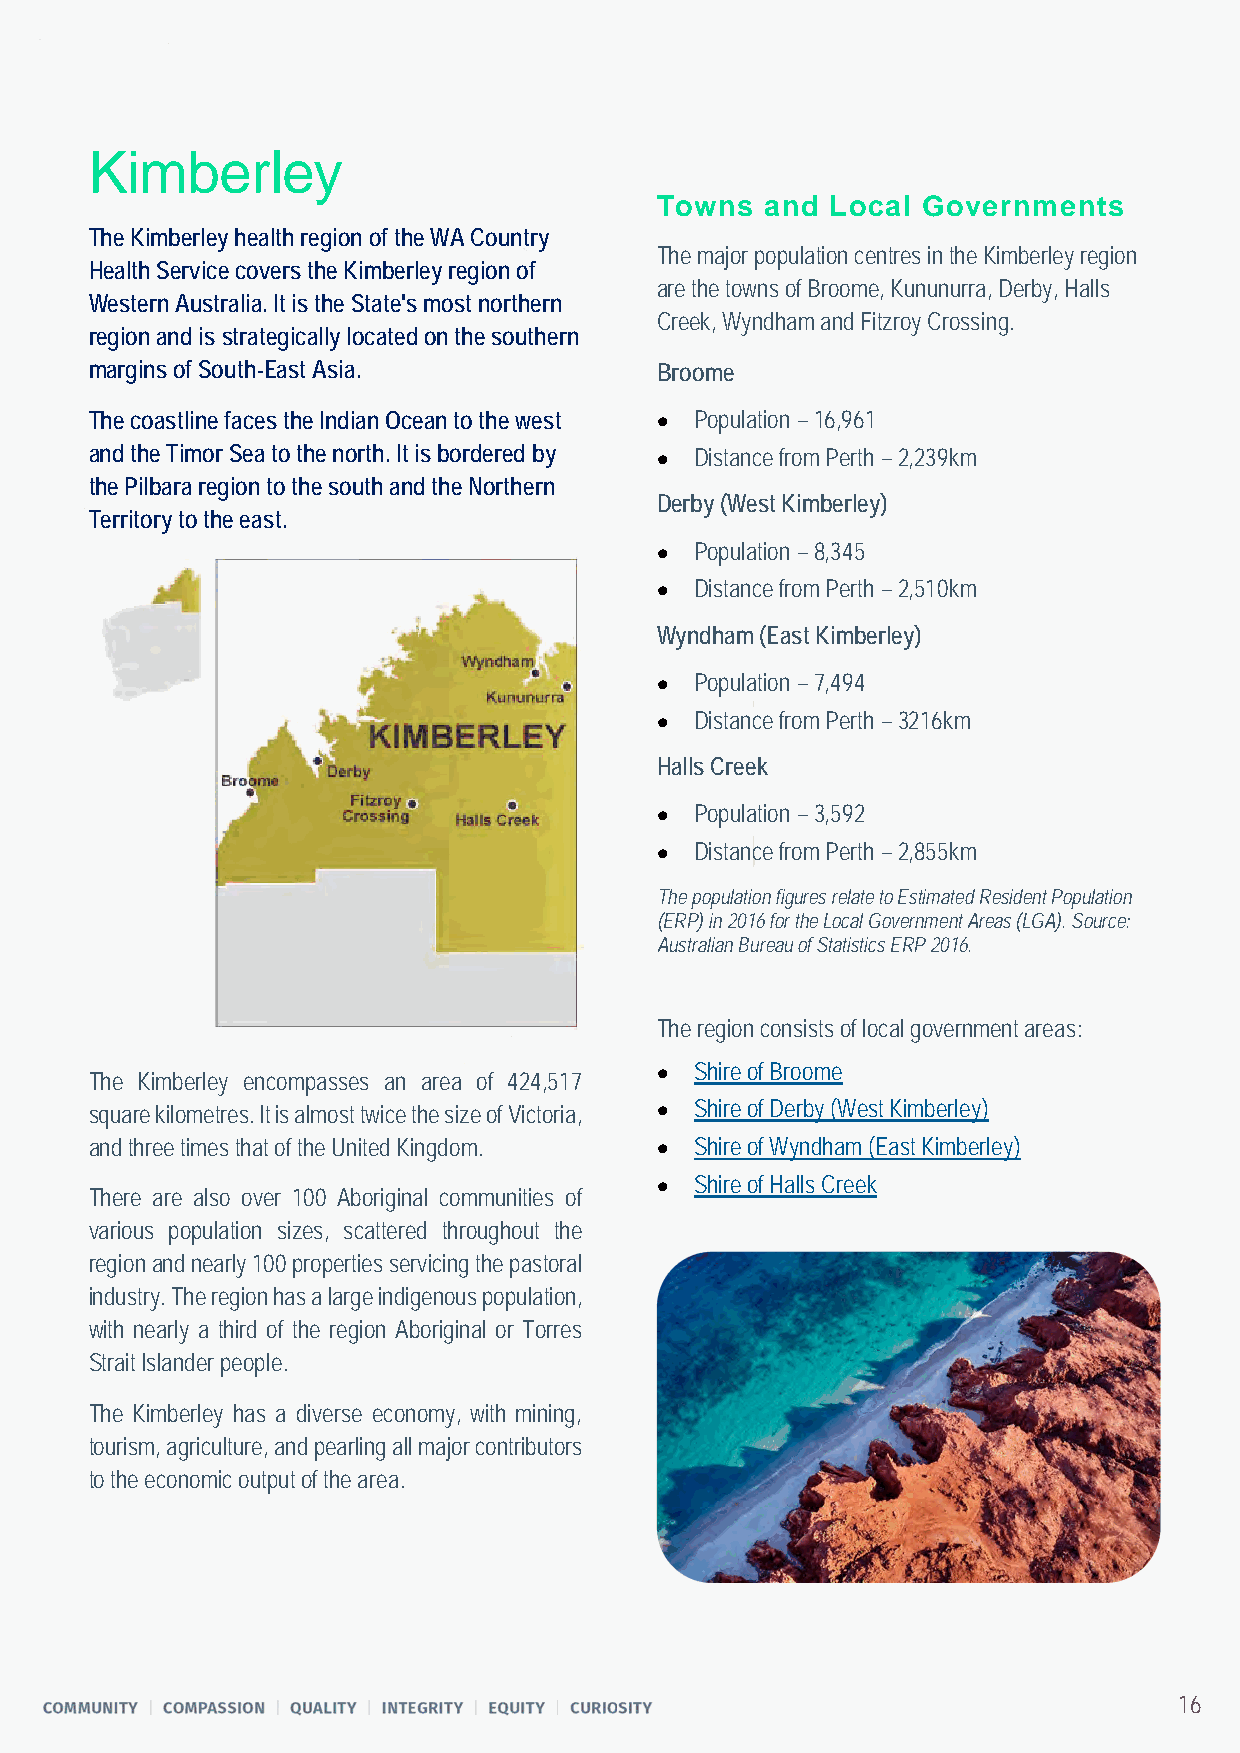
Kimberley
 Towns   and Local Governments
 The Kimberley health region of the WA Country
 The major population centres in the Kimberley region
 Health Service covers the Kimberley region of
 are the towns of Broome, Kununurra, Derby, Halls
 Western Australia. It is the State's most northern
 Creek, Wyndham and Fitzroy Crossing.
 region and is strategically located on the southern
 margins of South-East Asia.          Broome
 The coastline faces the Indian Ocean to the west • Population – 16,961
 and the Timor Sea to the north. It is bordered by • Distance from Perth – 2,239km
 the Pilbara region to the south and the Northern
 Derby (West Kimberley)
 Territory to the east.
 •  Population – 8,345
 •  Distance from Perth – 2,510km
 Wyndham (East Kimberley)
 •  Population – 7,494
 •  Distance from Perth – 3216km
 Halls Creek
 •  Population – 3,592
 •  Distance from Perth – 2,855km
 The population figures relate to Estimated Resident Population
 (ERP) in 2016 for the Local Government Areas (LGA). Source:
 Australian Bureau of Statistics ERP 2016.
 The region consists of local government areas:
 •  Shire of Broome
 The Kimberley encompasses an area of 424,517
 square kilometres. It is almost twice the size of Victoria, • Shire of Derby (West Kimberley)
 and three times that of the United Kingdom. • Shire of Wyndham (East Kimberley)
 •  Shire of Halls Creek
 There are also over 100 Aboriginal communities of
 various population sizes, scattered throughout the
 region and nearly 100 properties servicing the pastoral
 industry. The region has a large indigenous population,
 with nearly a third of the region Aboriginal or Torres
 Strait Islander people.
 The Kimberley has a diverse economy, with mining,
 tourism, agriculture, and pearling all major contributors
 to the economic output of the area.
 16